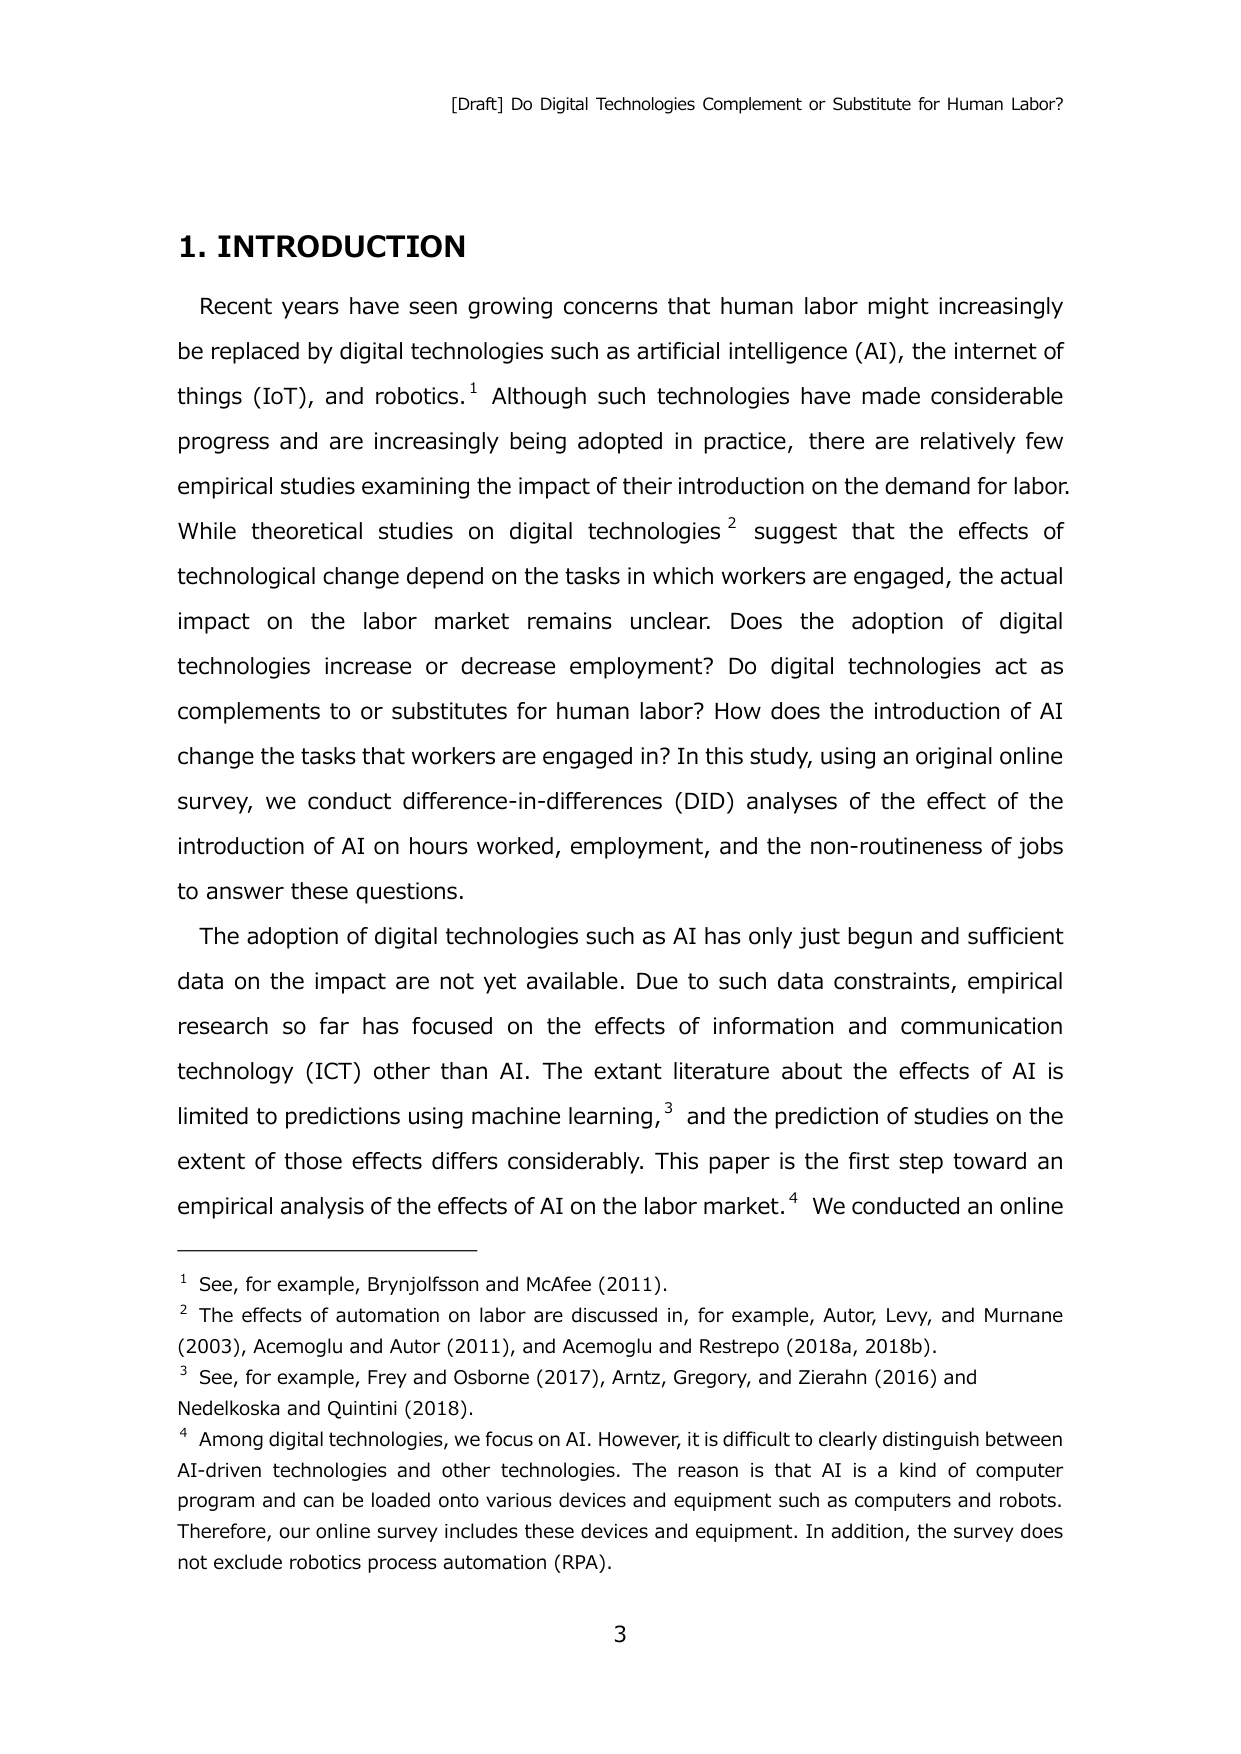
[Draft] Do Digital Technologies Complement or Substitute for Human Labor?

1. INTRODUCTION

Recent years have seen growing concerns that human labor might increasingly be replaced by digital technologies such as artificial intelligence (AI), the internet of things (IoT), and robotics.¹ Although such technologies have made considerable progress and are increasingly being adopted in practice, there are relatively few empirical studies examining the impact of their introduction on the demand for labor. While theoretical studies on digital technologies² suggest that the effects of technological change depend on the tasks in which workers are engaged, the actual impact on the labor market remains unclear. Does the adoption of digital technologies increase or decrease employment? Do digital technologies act as complements to or substitutes for human labor? How does the introduction of AI change the tasks that workers are engaged in? In this study, using an original online survey, we conduct difference-in-differences (DID) analyses of the effect of the introduction of AI on hours worked, employment, and the non-routineness of jobs to answer these questions.

The adoption of digital technologies such as AI has only just begun and sufficient data on the impact are not yet available. Due to such data constraints, empirical research so far has focused on the effects of information and communication technology (ICT) other than AI. The extant literature about the effects of AI is limited to predictions using machine learning,³ and the prediction of studies on the extent of those effects differs considerably. This paper is the first step toward an empirical analysis of the effects of AI on the labor market.⁴ We conducted an online

¹ See, for example, Brynjolfsson and McAfee (2011).
² The effects of automation on labor are discussed in, for example, Autor, Levy, and Murnane (2003), Acemoglu and Autor (2011), and Acemoglu and Restrepo (2018a, 2018b).
³ See, for example, Frey and Osborne (2017), Arntz, Gregory, and Zierahn (2016) and Nedelkoska and Quintini (2018).
⁴ Among digital technologies, we focus on AI. However, it is difficult to clearly distinguish between AI-driven technologies and other technologies. The reason is that AI is a kind of computer program and can be loaded onto various devices and equipment such as computers and robots. Therefore, our online survey includes these devices and equipment. In addition, the survey does not exclude robotics process automation (RPA).

3